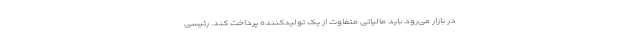
در بازار می‌رود باید مالیاتی متفاوت از یک تولیدکننده پرداخت کند. رئیسی